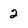
Character: 2